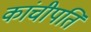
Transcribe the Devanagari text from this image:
कांचीपति